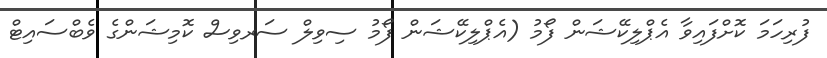
ފުރިހަމަ ކޮށްފައިވާ އެޕްލިކޭޝަން ފޯމު (އެޕްލިކޭޝަން ފޯމު ސިވިލް ސަރވިސް ކޮމިޝަންގެ ވެބްސައިޓް